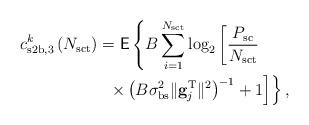
LaTeX: \begin{align*}c^k_{\mathrm{s2b},3} \left(N_{\mathrm{sct}}\right) & = \mathsf{E} \left\lbrace B \sum_{i=1}^{N_{\mathrm{sct}}}\log_2\left[ \frac{P_{\mathrm{sc}}}{N_{\mathrm{sct}}} \right. \right. \\ & \left. \left. \,\,\, \times \left(B\sigma^2_{\mathrm{bs}} \|\mathbf{g}^\mathrm{T}_j \|^{2} \right)^{-1}+1 \right] \right\rbrace,\end{align*}